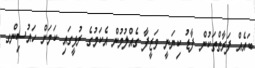
ބައެއް ފަރާތްތަކުން ފާޑު ކިޔަނީ ވަޒީފާ ގެއްލުމުން އެކަމުގެ ރުޅީގައި ކަމަށް ހައުސިންގ